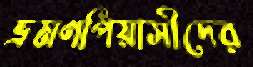
ভ্রমণপিয়াসীদের